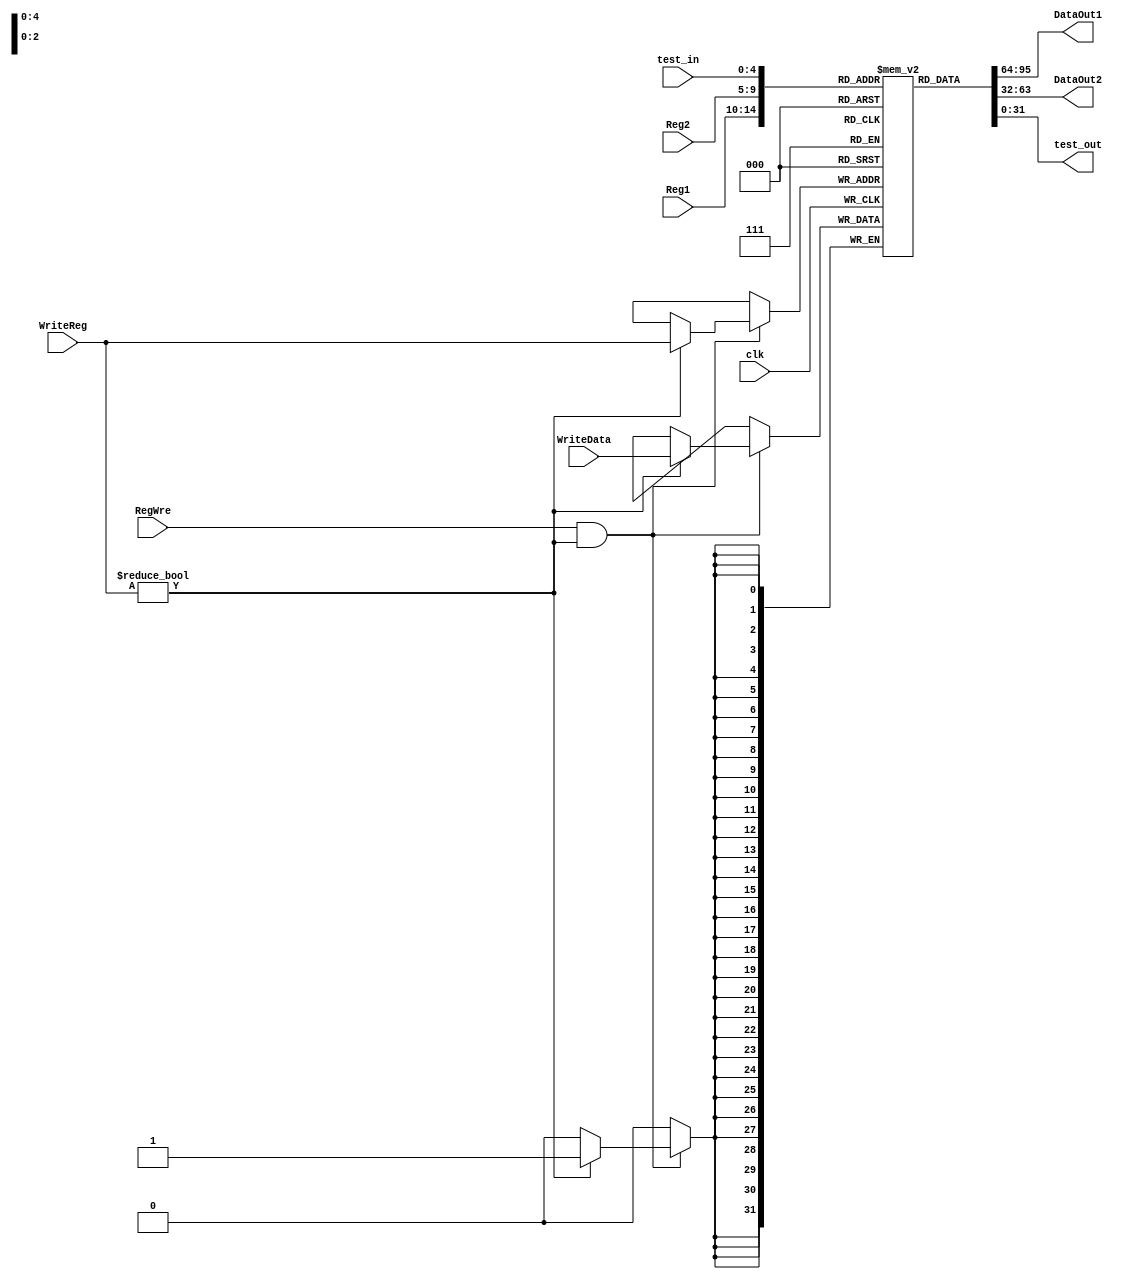
/*
    RF
1		RegWre==1WriteReg=0
2		rs rtDataOut1DataOut2
*/
`timescale 1ns / 1ns
module RF
        (
				input [4:0] test_in,
            input [4:0] Reg1,           //rs
            input [4:0] Reg2,           //rt
            input [4:0] WriteReg,       //rd
            input clk,                  //  
            input RegWre,               //
            input [31:0] WriteData,     //
            output [31:0] DataOut1, //rs
            output [31:0] DataOut2,  //rt  
				output [31:0] test_out
        );

        reg [31:0] regFile [0:31];      //    

        //
//        assign DataOut1 = (Reg1 == 0) ? 0 : regFile[Reg1];
//        assign DataOut2 = (Reg2 == 0) ? 0 : regFile[Reg2];
			
			integer i;
			initial begin
				for(i=0;i<32;i=i+1)
					regFile[i] <= i;
			end
			
			assign DataOut1 = regFile[Reg1];
			assign DataOut2 = regFile[Reg2];
			assign test_out = regFile[test_in];
        //
        always@(posedge clk)
            begin
                if(RegWre == 1 && WriteReg != 0)
                    begin
								if (WriteReg != 5'b0)
									regFile[WriteReg] = WriteData;
                    end
            end


endmodule